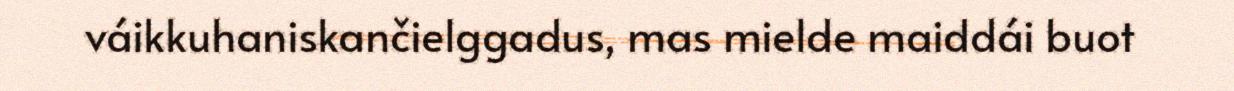
váikkuhaniskančielggadus, mas mielde maiddái buot